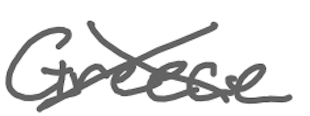
Text: Greece
Cross-out: cross
Writing tool: digital_gray